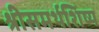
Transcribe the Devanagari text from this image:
श्रीसमर्थशिष्य